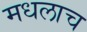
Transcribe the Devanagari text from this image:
मधलाच